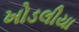
ખોડલીયા